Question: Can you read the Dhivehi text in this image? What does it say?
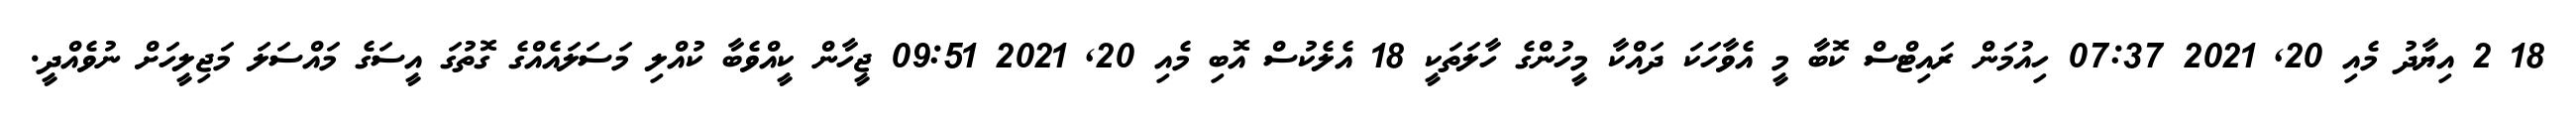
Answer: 18 2 އިޔާދު މެއި 20, 2021 07:37 ހިއުމަން ރައިޓްސް ކޮބާ މީ އެވާހަކަ ދައްކާ މީހުންގެ ހާލަތަކީ 18 އެލެކުސް އޮބި މެއި 20, 2021 09:51 ޖީހާން ކީއްވެބާ ކުއްލި މަސަލައެއްގެ ގޮތުގަ އީސަގެ މައްސަލަ މަޖިލީހަށް ނުވެއްދީ.